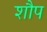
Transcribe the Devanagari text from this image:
शौप